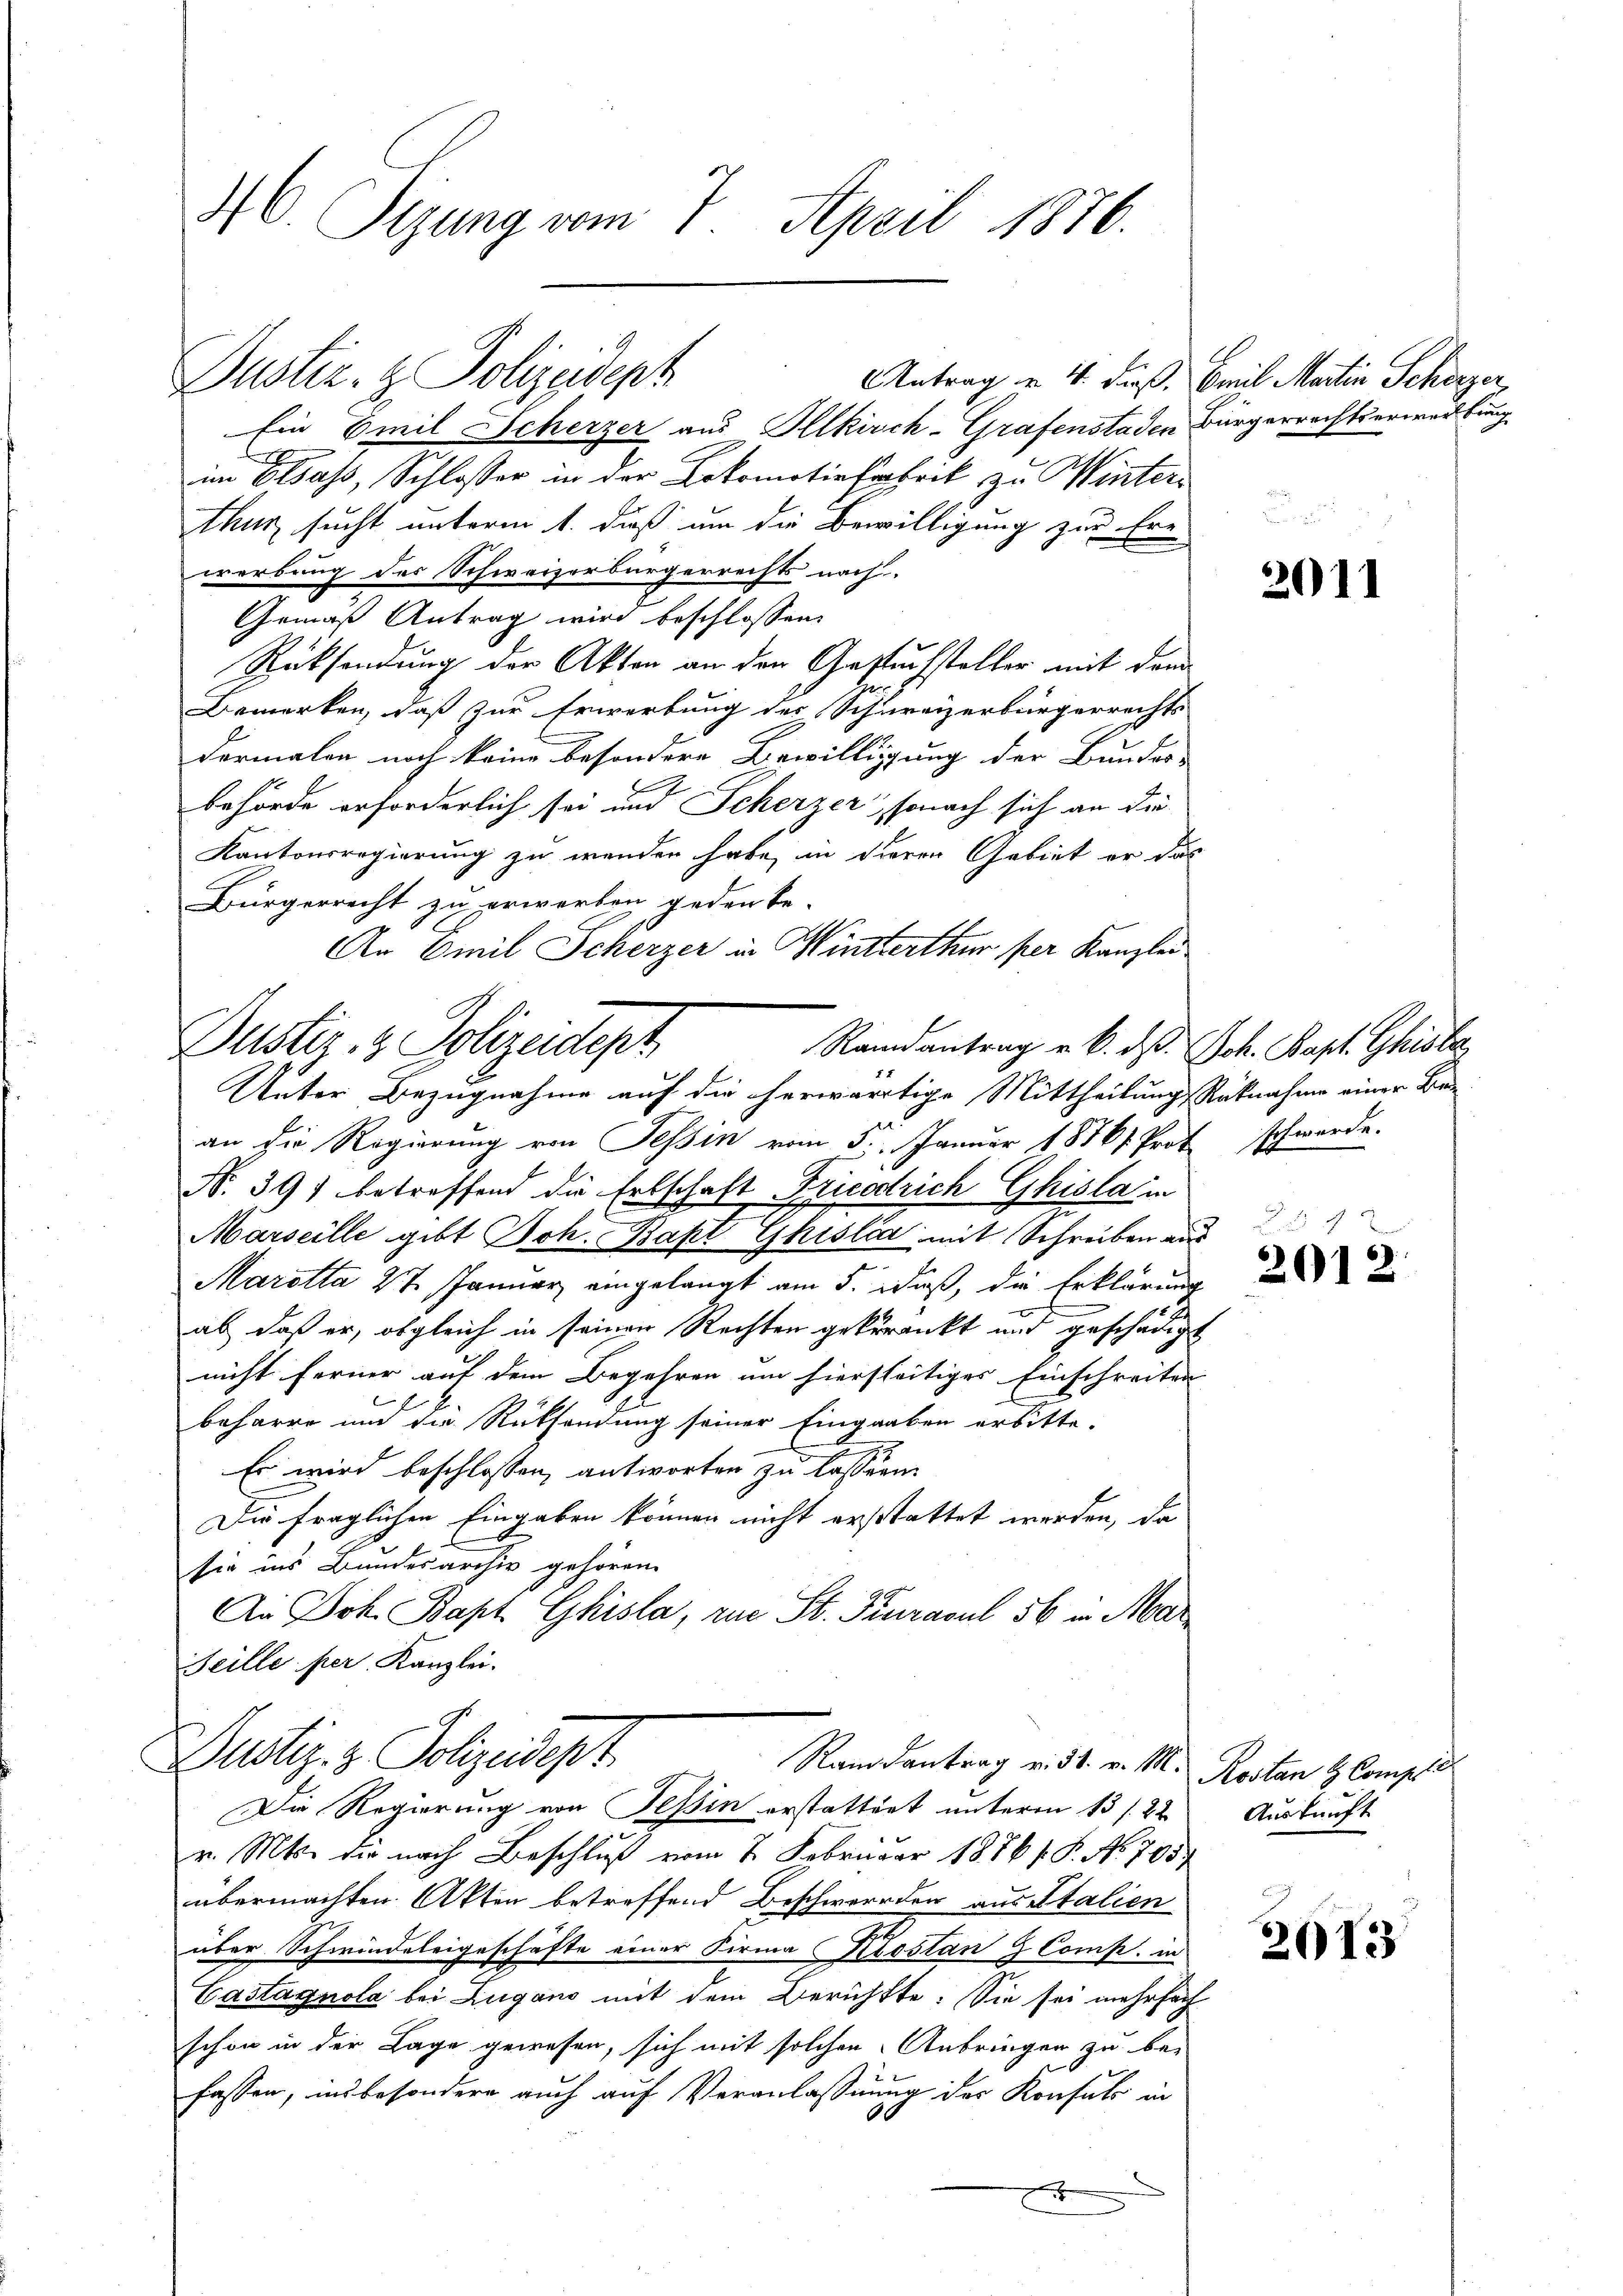
46. Sizung vom 7. April 1876.

Antrag u. 4. dieß, Emil Martin Schörzer,
Ein Emil Scherzer aus Illkirch-Grafenstaden Bürgerrechtserwerbung
im Elsass, Schlosser in der Lokomotivfabrik zu Winterthur sucht unterm 1. dieß um die Bewilligung zur Ern
werbung des Schweizerbürgerrechts nach.
Gemäß Antrag wird beschlossen:
Rücksendung der Akten an den Gesuchsteller mit dem
Bemerken, daß zur Erwerbung des Schweizerbürgerrechts
dermalen noch keine besondere Bewilligung der Bundes-
behörde erforderlich sei und Scherzer, sonach sich an die
Kantonsregierung zu wenden habe, in dieren Gebiet er das
Bürgerrecht zu erwerben jeden be-
An Emil Scherzer in Winterthur per Kanzlei
an die Regierung von Tessin vom 5. Januar 18761. Prof. Schwerde.
No. 391 betreffend die Erbschaft Friedrich Ghisla in
Marseille gibt Joh. Bakt Ghislia mit Schreiben aus
Marotta 27. Januar eingelangt am 5. daß, die Erklärung
ab, daß er, obgleich in seiner Rechten gekrankt und geschädig
nicht ferner auf dem Begehren um hierseitiges Einschreiten
beharre und die Rücksendung seiner Eingaaben erbitte-
Es wird beschlossen, antworten zu lassen.
Die fraglichen Eingaben können nicht erstattet werden, da
sie ins Bundesarchiv gehören.
Ai Joh. Bapt Ghisla, rue St. Prurasul 56 in Mar
Heille per Kanzlei.
Dustiz- & Polizeidept
Randantrag v. 31. v. M. Kosten H. Compl
Die Regierung von Tessin erstattent unterm 13 s. 22. Auskunft
v. Mts. die nach Beschluß vom 2. Februar 18761. P. No. 795
übermachten Akten betreffend Beschwerden aus talien
über Schwindeleigeschäfte einer Firma Kostanz Comp. in
Castagnola bei Lugano mit dem Berichtte: Sie sei mehrfach
schon in der Lage gewesen, sich mit solchen Anbringen zu be-
fassen, insbesondere auch auf Veranlassung der Konsuls in
f

Dustiz- & Polizeideph

Justiz- & Polizeidept
Randantrag u. 6. ds. Joh. Bapt. Ghisber
Unter Bezugnahme auf die herwärtige Mittheilung Rücknahme einer Bei

201)

201.

2013